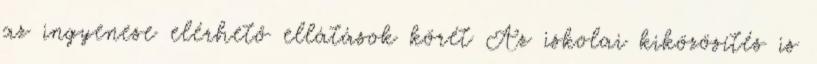
az ingyenese elérhető ellátások körét Az iskolai kiközösítés is